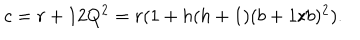
c = r + 1 2 Q ^ { 2 } = r ( 1 + h ( h + 1 ) ( b + 1 / b ) ^ { 2 } ) .